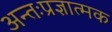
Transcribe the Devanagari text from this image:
अन्तःप्रज्ञात्मक